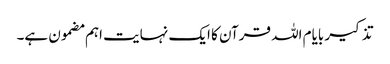
تذکیر بایام اللہ قرآن کا ایک نہایت اہم مضمون ہے۔